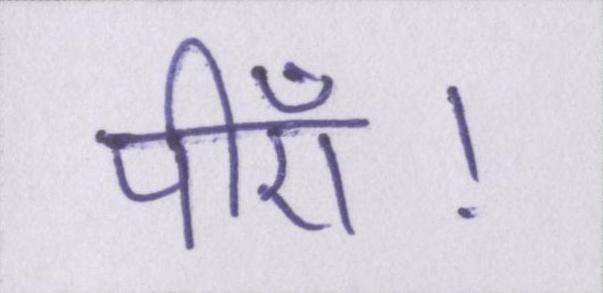
पीएँ।